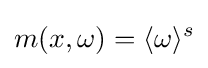
m(x,\omega )=\langle \omega \rangle ^{s}